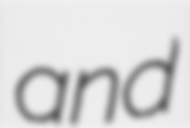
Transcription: and